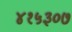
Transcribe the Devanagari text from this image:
४१५३०७